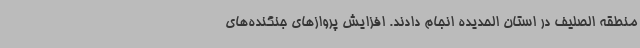
منطقه الصلیف در استان الحدیده انجام دادند. افزایش پروازهای جنگنده‌های